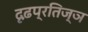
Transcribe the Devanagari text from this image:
दृढ़प्रतिज्ञ